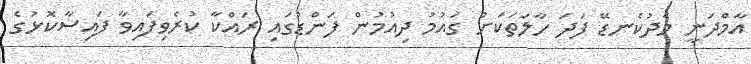
އާމްދަނީ މެދުކެނޑޭ ފަދަ ހާލަތަކަށް ގައުމު ދިއުމުން ފަންޑުގައި ރައްކާ ކުރެވިފައިވާ ފައިސާކޮޅުގެ